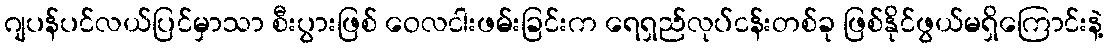
ဂျပန်ပင်လယ်ပြင်မှာသာ စီးပွားဖြစ် ဝေလငါးဖမ်းခြင်းက ရေရှည်လုပ်ငန်းတစ်ခု ဖြစ်နိုင်ဖွယ်မရှိကြောင်းနဲ့